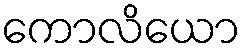
ကောလိယော